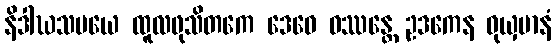
နိဒါဃသမယေ ထူလဖုသိတကေ ဒေဝေ ဝဿန္တေ ဥဒကေန ဝုယှမာနံ